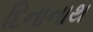
દિનાનાથ